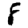
Digit: 8